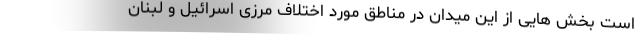
است بخش هایی از این میدان در مناطق مورد اختلاف مرزی اسرائیل و لبنان